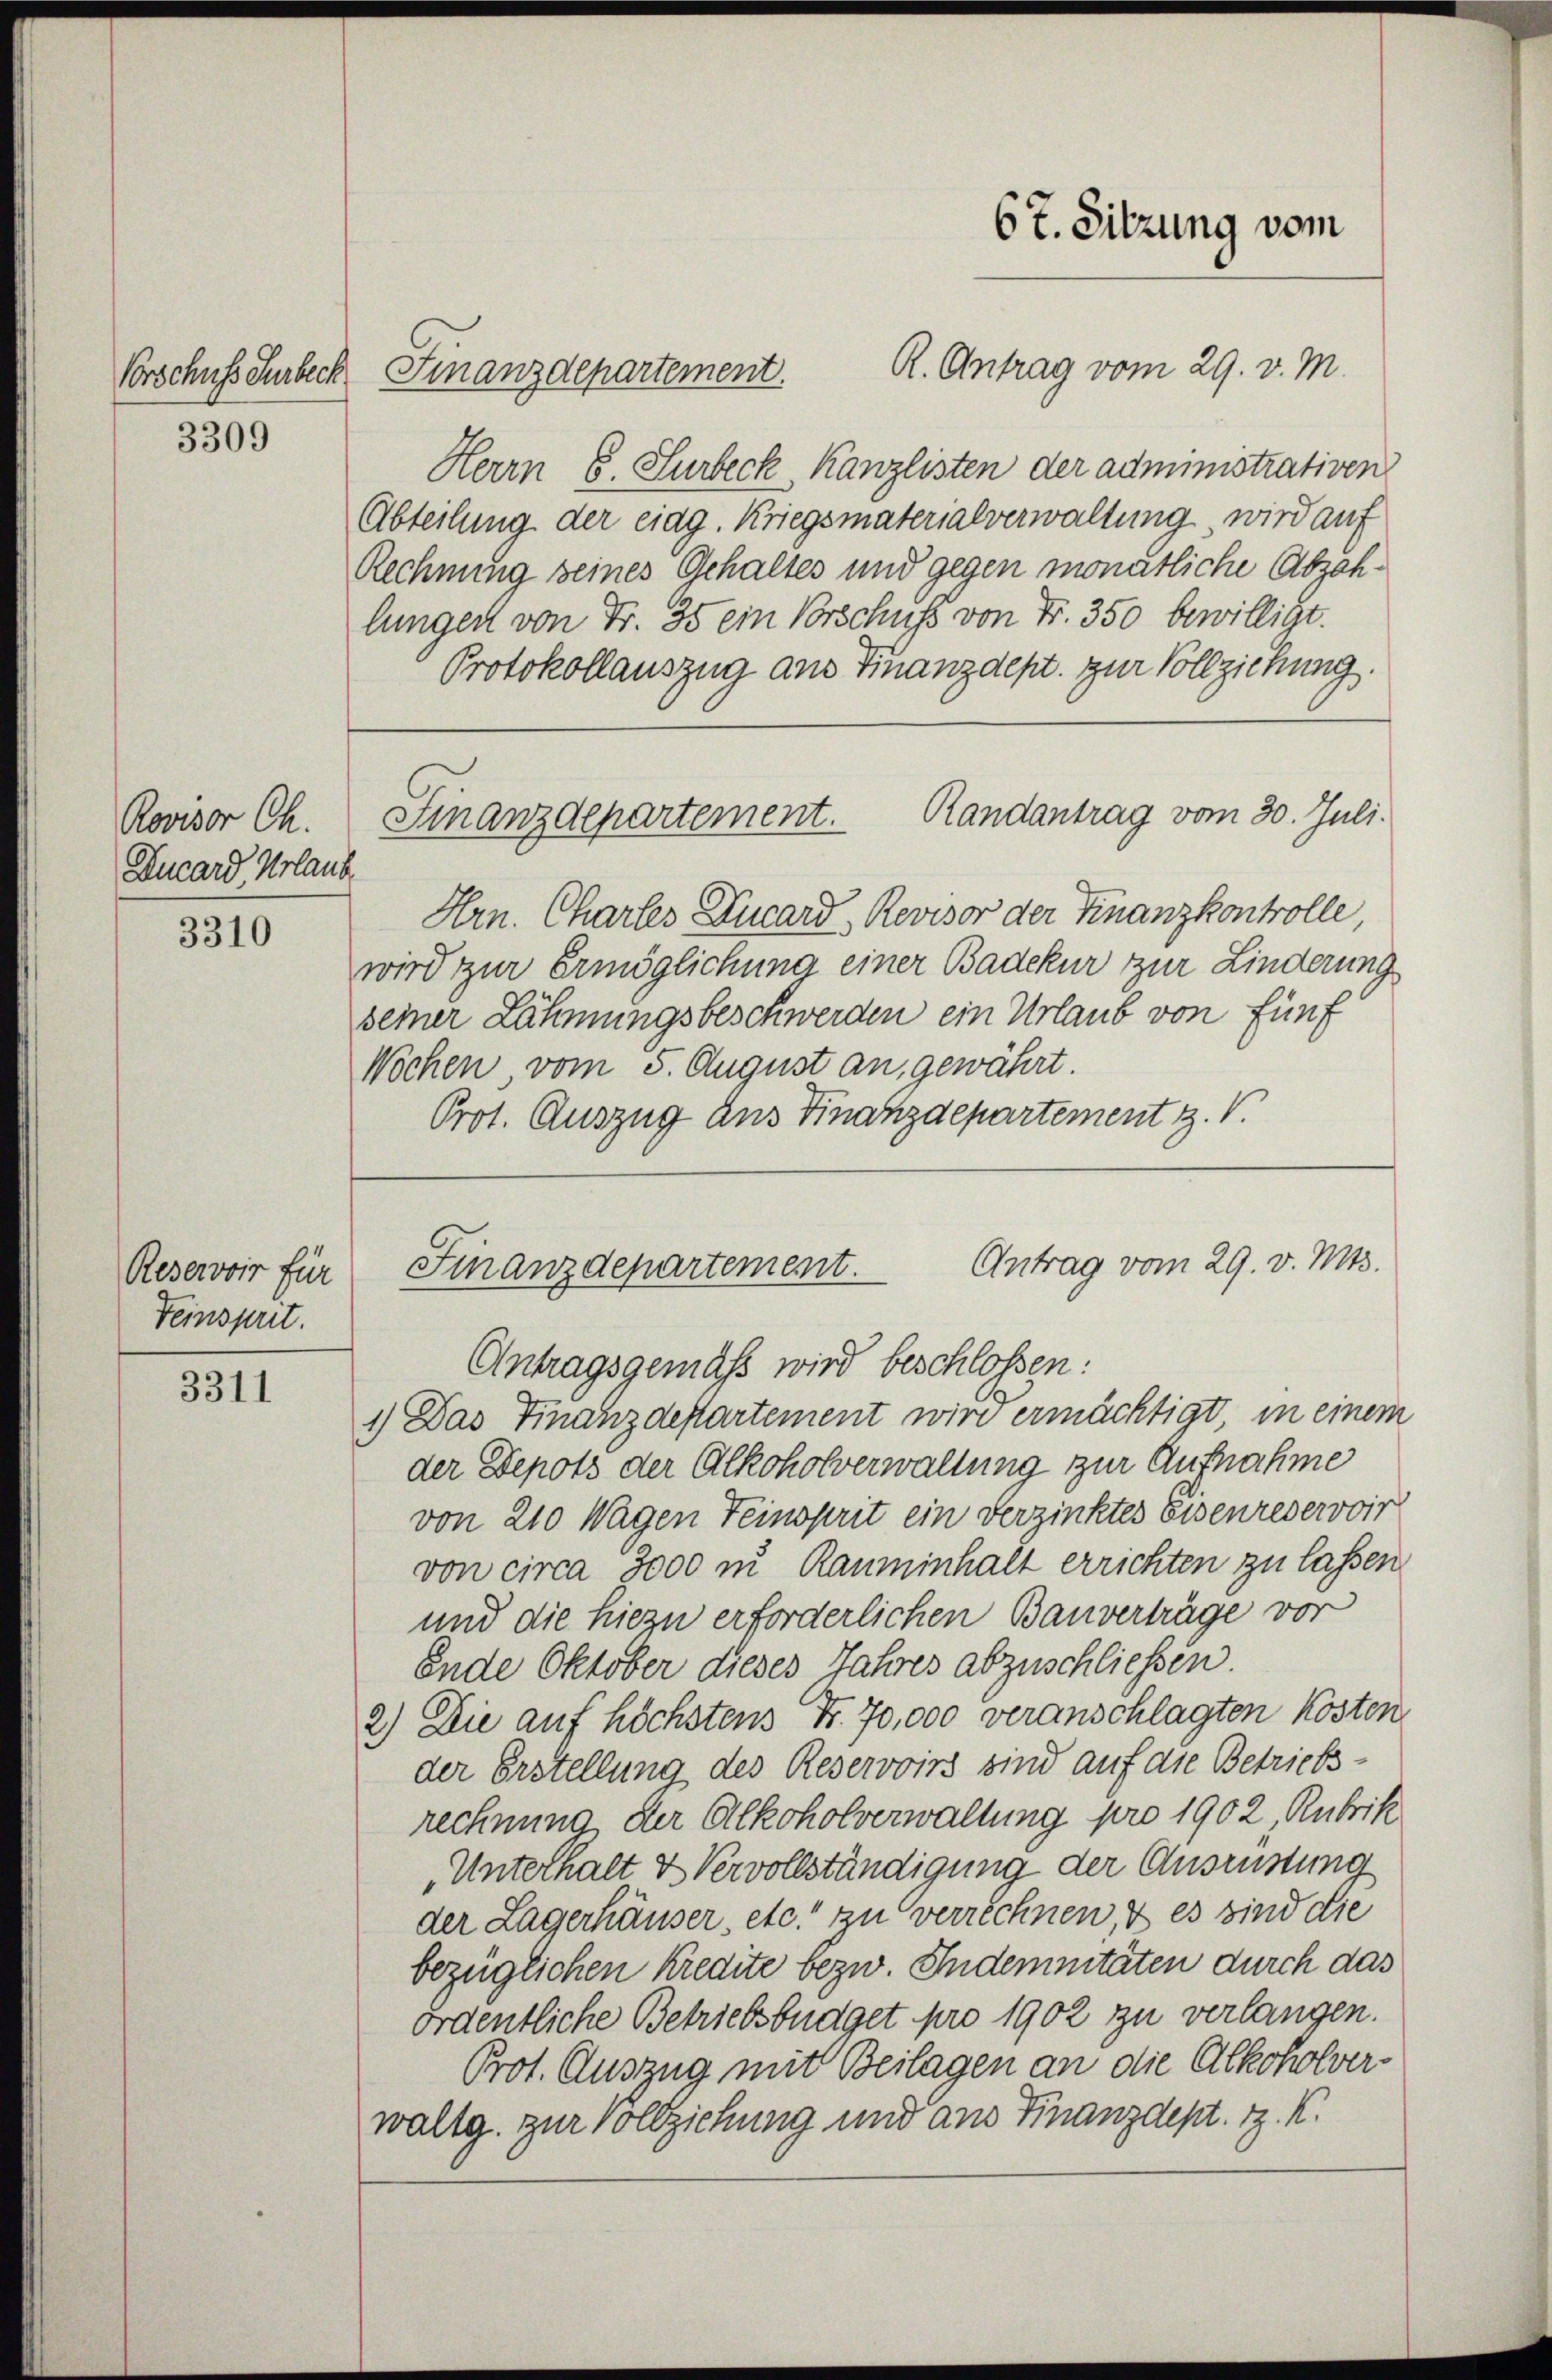
Vorschuss Surbeck

3309

Rovisor Ch.
Ducard Urlaub

3310

Reservoir für
Teinsprit.

3311

R. Antrag vom 29. v. M.
Finanzdepartement.
Herrn E. Surbeck Kanzlisten der administrativen
Abteilung der eidg. Kriegsmaterialverwaltung, wird auf
Rechnung seines Gehaltes und gegen monatliche Abzah-
lungen von Fr. 35 ein Vorschuss von Fr. 350 bewilligt.
Protokollauszug aus Finanzdept. zur Vollziehung.
Finanzdepartement. Randantrag vom 30. Juli.
Hrn. Chartes Ducard, Revisor der Finanzkontrolle,
wird zur Ermöglichung einer Badekur zur Linderung
seiner Lähmungsbeschwerden ein Urlaub von fünf
Wochen, vom 5. August an, gewährt.
Prot. Auszug aus Finanzdepartement z. V.

67. Sitzung vom

Antrag vom 29. v. Mts.
Finanzdepartement.
Antragsgemäß wird beschlossen:

1.) Das Finanzdepartement wird ermächtigt, in einem
der Depots der Alkoholverwaltung zur Aufnahme
von 210 Wagen Teinsprit ein Verzinktes Eisenreservoir
von circa 3000 in Rauminhalt errichten zu lassen
und die hiezu erforderlichen Bauverträge vor
Ende Oktober dieses Jahres abzuschliessen.
2) Die auf höchstens Fr. 70,000 veranschlagten Kosten
der Erstellung des Reservoirs sind auf die Betriebsrechnung der Alkoholverwaltung pro 1902, Rubrik
Unterhalt & Vervollständigung der Ausrüstung
der Lagerhäuser, etc. zu verrechnen, & es sind die
bezüglichen Kredite bezw. Indemnitäten durch das
ördentliche Betriebsbüdget pro 1902 zu verlangen.
Prot. Auszug mit Beilagen an die Alkoholverwaltg. zur Vollziehung und aus Finanzdept. 1. K.